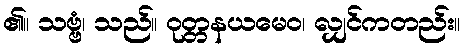
၏။ သဗ္ဗံ၊ သည်။ ဝုတ္တနယမေဝ၊ လျှင်ကတည်း။